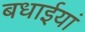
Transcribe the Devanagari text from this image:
बधाईयां